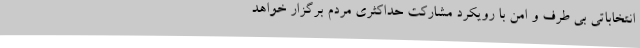
انتخاباتی بی طرف و امن با رویکرد مشارکت حداکثری مردم برگزار خواهد